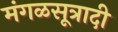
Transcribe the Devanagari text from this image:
मंगळसूत्रादी